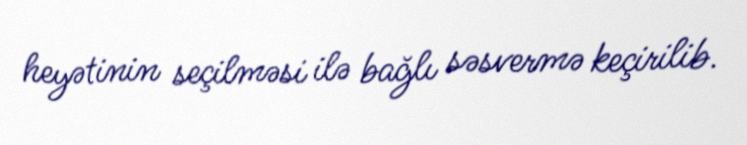
heyətinin seçilməsi ilə bağlı səsvermə keçirilib.